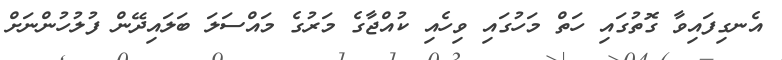
އެނގިފައިވާ ގޮތުގައި ހަތް މަހުގައި ވިހެއި ކުއްޖާގެ މަރުގެ މައްސަލަ ބަލައިދޭން ފުލުހުންނަށް